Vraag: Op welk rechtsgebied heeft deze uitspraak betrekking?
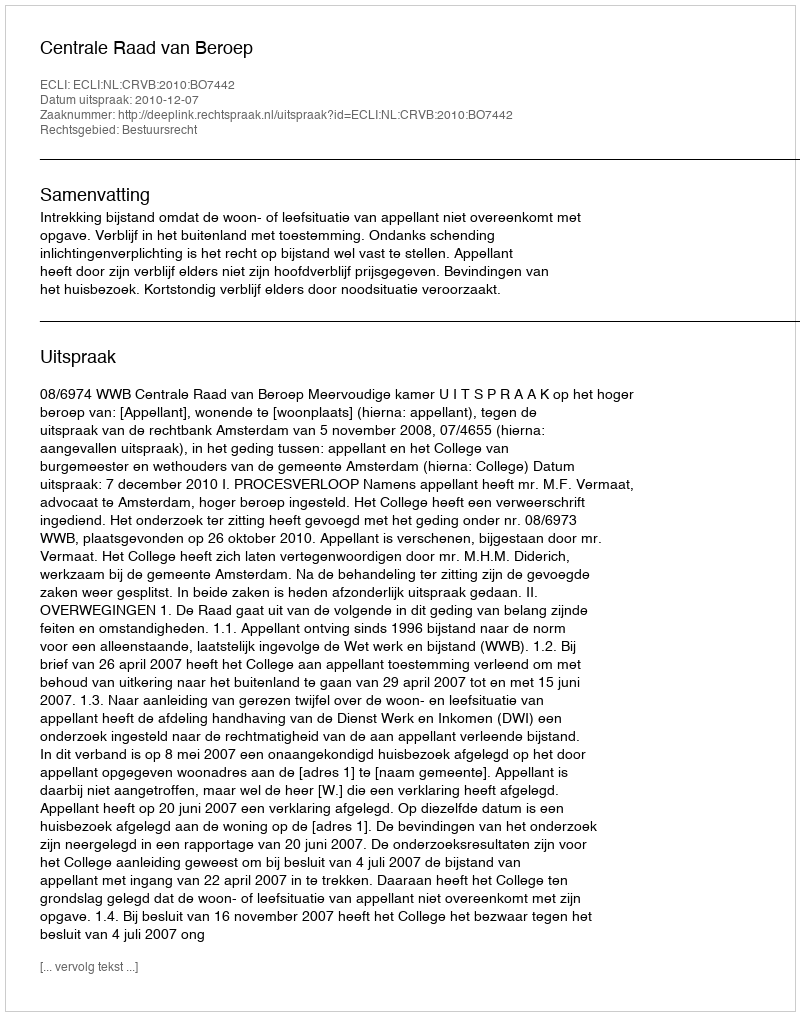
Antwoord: Bestuursrecht